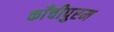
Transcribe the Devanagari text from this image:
काँचीपुरम